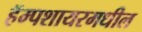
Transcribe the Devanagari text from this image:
हॅम्पशायरमधील